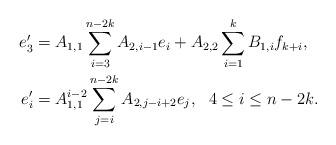
LaTeX: \begin{align*}e_{3}^\prime & =A_{1,1}\sum\limits_{i=3}^{n-2k}A_{2,i-1}e_i+A_{2,2}\sum\limits_{i=1}^{k}B_{1,i}f_{k+i},\\e_{i}^\prime & =A_{1,1}^{i-2}\sum\limits_{j=i}^{n-2k}A_{2,j-i+2}e_j,\ \ 4\leq i\leq n-2k.\end{align*}